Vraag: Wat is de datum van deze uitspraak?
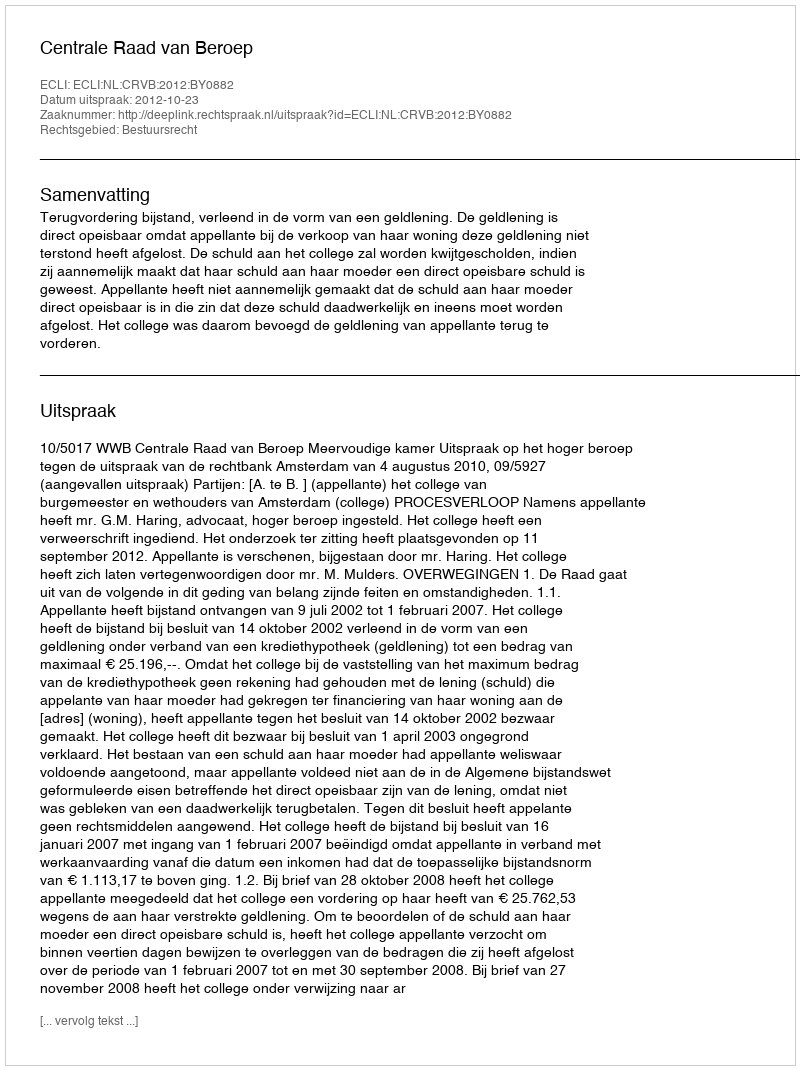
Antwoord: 2012-10-23